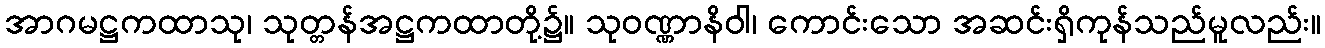
အာဂမဋ္ဌကထာသု၊ သုတ္တန်အဋ္ဌကထာတို့၌။ သုဝဏ္ဏာနိဝါ၊ ကောင်းသော အဆင်းရှိကုန်သည်မူလည်း။